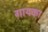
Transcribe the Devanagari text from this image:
गायका